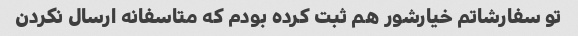
تو سفارشاتم خیارشور هم ثبت کرده بودم که متاسفانه ارسال نکردن